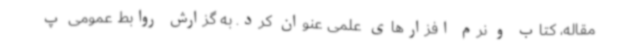
مقاله، کتاب و نرم افزارهای علمی عنوان کرد. به گزارش روابط عمومی پ